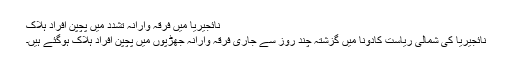
نائجيريا ميں فرقہ وارانہ تشدد میں پچپن افراد ہلاک
نائجیریا کی شمالی ریاست کادونا میں گزشتہ چند روز سے جاری فرقہ وارانہ جھڑپوں میں پچپن افراد ہلاک ہوگئے ہیں۔